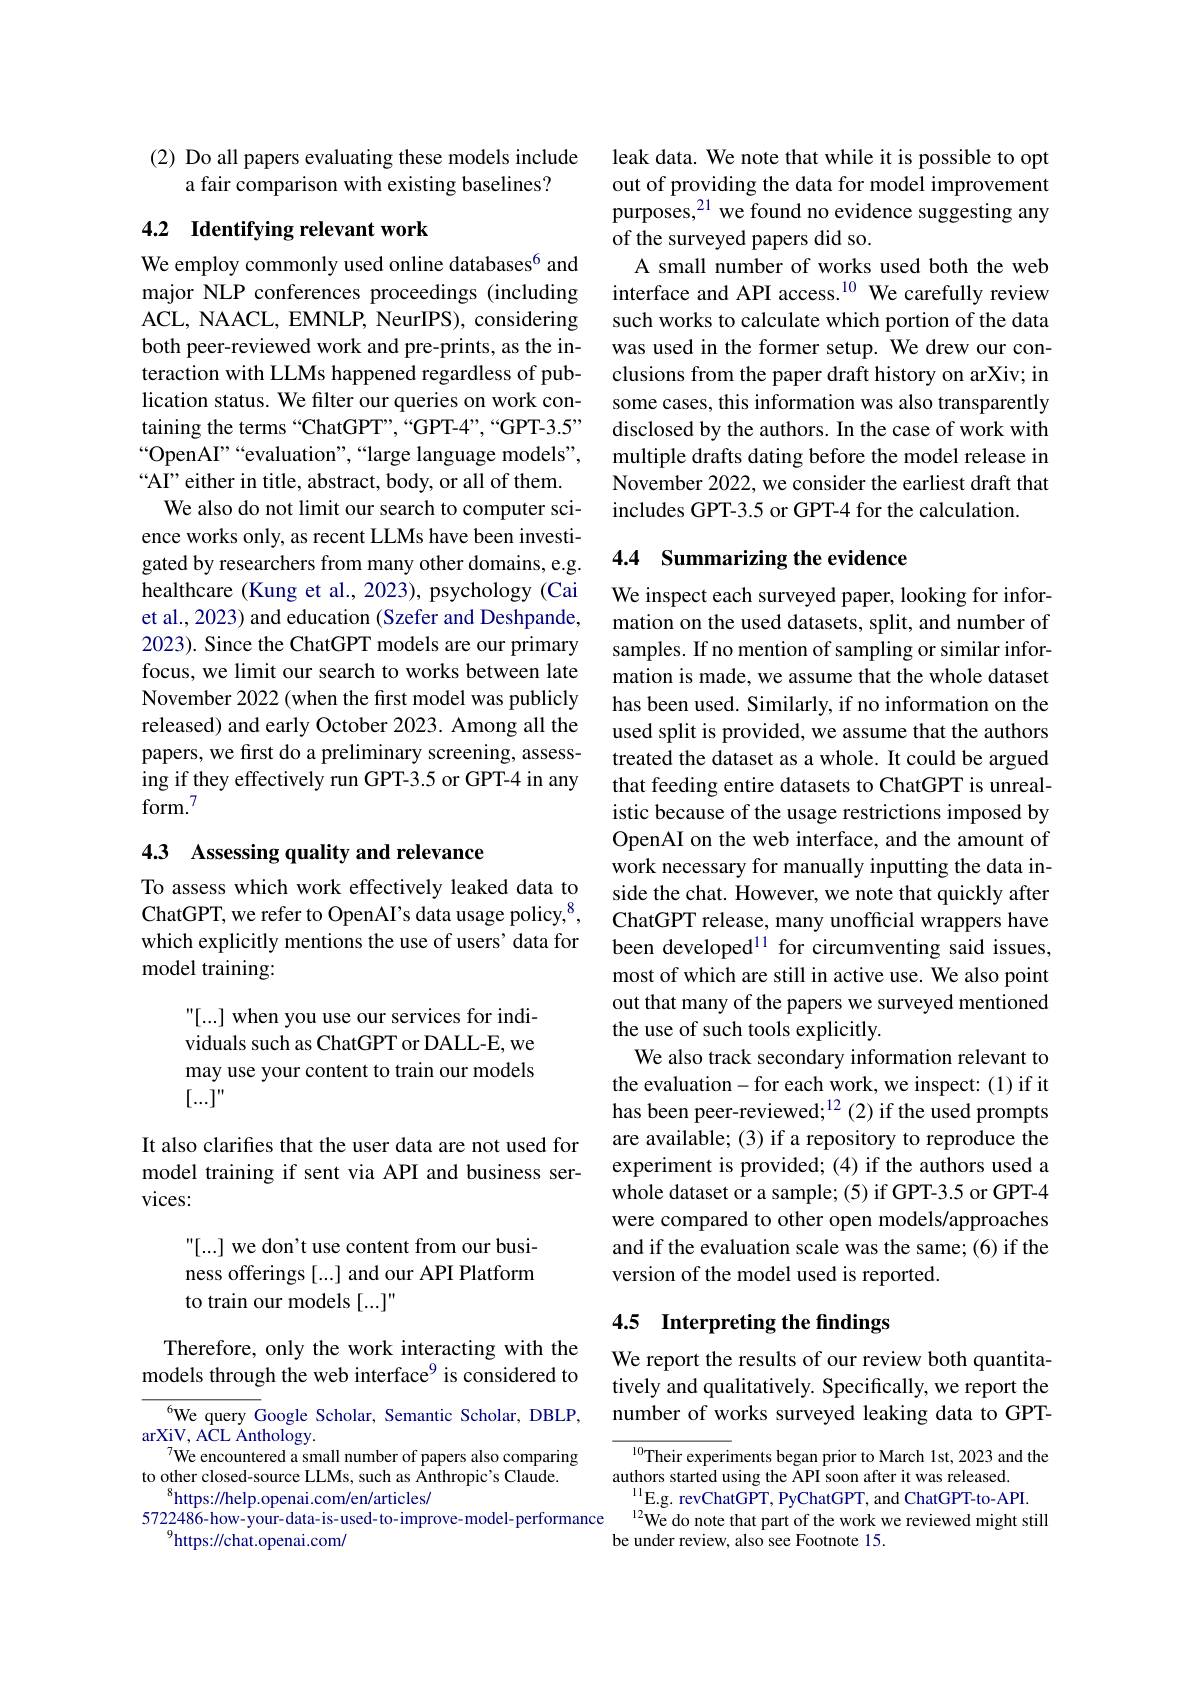
(2) Do all papers evaluating these models include
a fair comparison with existing baselines?

# 4.2 Identifying relevant work

We employ commonly used online databases$^{6}$ and major NLP conferences proceedings (including ACL, NAACL, EMNLP, NeurIPS), considering both peer-reviewed work and pre-prints, as the interaction with LLMs happened regardless of publication status. We filter our queries on work containing the terms “ChatGPT”,“GPT-4”,“GPT-3.5” “OpenAI”“evaluation”,“large language models", “AI” either in title, abstract, body, or all of them.
We also do not limit our search to computer science works only, as recent LLMs have been investigated by researchers from many other domains, e.g. healthcare (Kung et al., 2023), psychology (Cai et al., 2023) and education (Szefer and Deshpande, 2023). Since the ChatGPT models are our primary focus, we limit our search to works between late November 2022 (when the first model was publicly released) and early October 2023. Among all the papers, we first do a preliminary screening, assessing if they effectively run GPT-3.5 or GPT-4 in any $\mathrm{form.}^{7}$

## 4.3 Assessing quality and relevance

To assess which work effectively leaked data to ChatGPT, we refer to OpenAI's data usage policy,$^{8}$, which explicitly mentions the use of users' data for model training:

"[...] when you use our services for individuals such as ChatGPT or DALL-E, we may use your content to train our models $[...]^{\prime\prime}$

It also clarifes that the user data are not used for model training if sent via API and business services:

"[...] we don't use content from our business offerings [...] and our API Platform to train our models [...]"

Therefore, only the work interacting with the models through the web interface$^{9}$ is considered to

6We query Google Scholar, Semantic Scholar, DBLP,
$\operatorname{arXiV,~ACL~Anthology.}$
We encountered a small number of papers also comparing
to other closed-source LLMs, such as Anthropic's Claude.
$^{8}$https://help.openai.com/en/articles/
5722486-how-your-data-is-used-to-improve-model-performance $^{12}$We do note that part of the work we reviewed might still
$^{9}$https://chat.openai.com/

leak data. We note that while it is possible to opt out of providing the data for model improvement purposes,$^{21}$ we found no evidence suggesting any of the surveyed papers did so.
A small number of works used both the web interface and API access.$^{10}$ We carefully review such works to calculate which portion of the data was used in the former setup. We drew our conclusions from the paper draft history on arXiv; in some cases, this information was also transparently disclosed by the authors. In the case of work with multiple drafts dating before the model release in November 2022, we consider the earliest draft that includes GPT-3.5 or GPT-4 for the calculation.

## 4.4 Summarizing the evidence

We inspect each surveyed paper, looking for information on the used datasets, split, and number of samples. If no mention of sampling or similar information is made, we assume that the whole dataset has been used. Similarly, if no information on the used split is provided, we assume that the authors treated the dataset as a whole. It could be argued that feeding entire datasets to ChatGPT is unrealistic because of the usage restrictions imposed by OpenAI on the web interface, and the amount of work necessary for manually inputting the data inside the chat. However, we note that quickly after ChatGPT release, many unofficial wrappers have been developed$^{11}$ for circumventing said issues, most of which are still in active use. We also point out that many of the papers we surveyed mentioned the use of such tools explicitly.
We also track secondary information relevant to the evaluation-for each work, we inspect:(1) if it has been peer-reviewed;$^{12}$(2) if the used prompts are available; (3) if a repository to reproduce the experiment is provided; (4) if the authors used a whole dataset or a sample; (5) if GPT-3.5 or GPT-4 were compared to other open models/approaches and if the evaluation scale was the same; (6) if the version of the model used is reported.

# 4.5 Interpreting the findings

We report the results of our review both quantitatively and qualitatively. Specifically, we report the number of works surveyed leaking data to GPT-

${^{10}\text{Their experiments began prior to March lst,2023 and the}}$
authors started using the API soon after it was released.
$^{11}$E.g. revChatGPT, PyChatGPT, and ChatGPT-to-API.
be under review, also see Footnote 15.